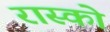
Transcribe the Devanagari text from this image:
रास्को